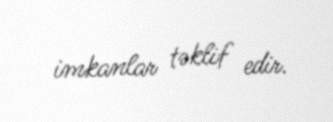
imkanlar təklif edir.